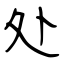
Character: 处